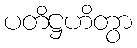
ပတိဋ္ဌဟိတွာ